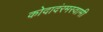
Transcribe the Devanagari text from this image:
कोदादंरमस्वामी